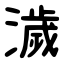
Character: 濊